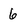
Character: 6